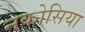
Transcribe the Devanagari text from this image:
नकोसिया